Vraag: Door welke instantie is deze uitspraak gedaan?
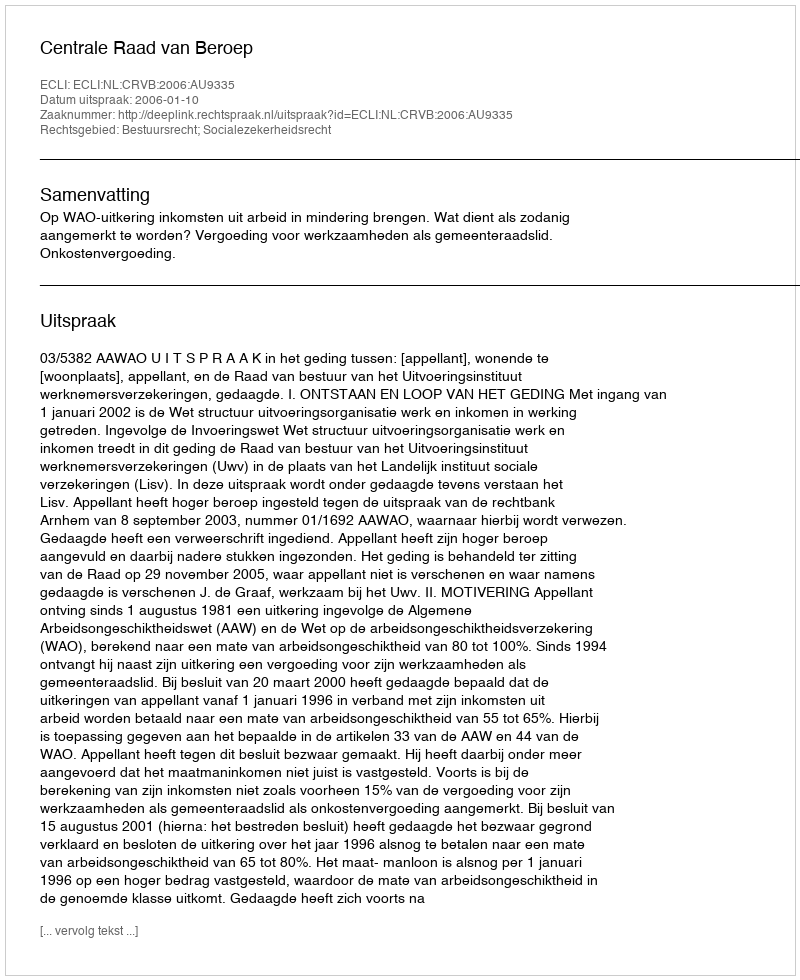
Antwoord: Centrale Raad van Beroep